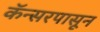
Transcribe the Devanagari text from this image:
कॅन्सरपासून